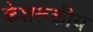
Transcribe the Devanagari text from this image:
केशरूकीय